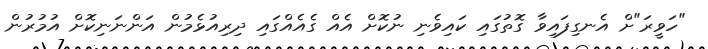
"ހަވީރަ"ށް އެނގިފައިވާ ގޮތުގައި ކައިވެނި ނުކޮށް އެއް ގެއެއްގައި ދިރިއުޅެމުން އަންނަނިކޮށް އުމުރުން